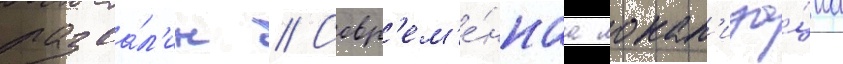
разва́л'ин // Совр'ем'е́ннаа локал'иза́циа